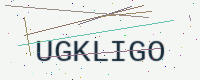
Text: UGKLIGO